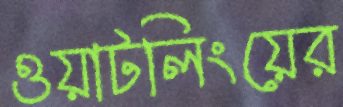
ওয়াটলিংয়ের